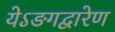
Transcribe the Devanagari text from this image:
येऽङगद्वारेण